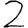
Digit: 2